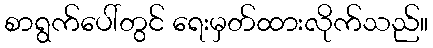
စာရွက်ပေါ်တွင် ရေးမှတ်ထားလိုက်သည်။